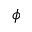
\phi